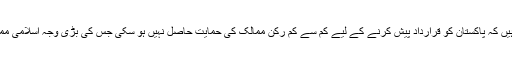
جنیوا میں رپورٹنگ کرنے والے صحافی یونس خان کہتے ہیں کہ پاکستان کو قرارداد پیش کرنے کے لیے کم سے کم رکن ممالک کی حمایت حاصل نہیں ہو سکی جس کی بڑی وجہ اسلامی ممالک کا ساتھ نہ دینا اور بھارت کی مؤثر سفارت کاری ہے۔